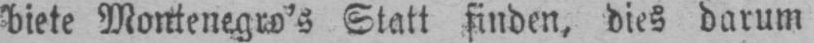
Statt finden, dies darum